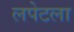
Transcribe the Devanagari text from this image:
लपेटला